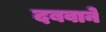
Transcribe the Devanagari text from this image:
दबवाने